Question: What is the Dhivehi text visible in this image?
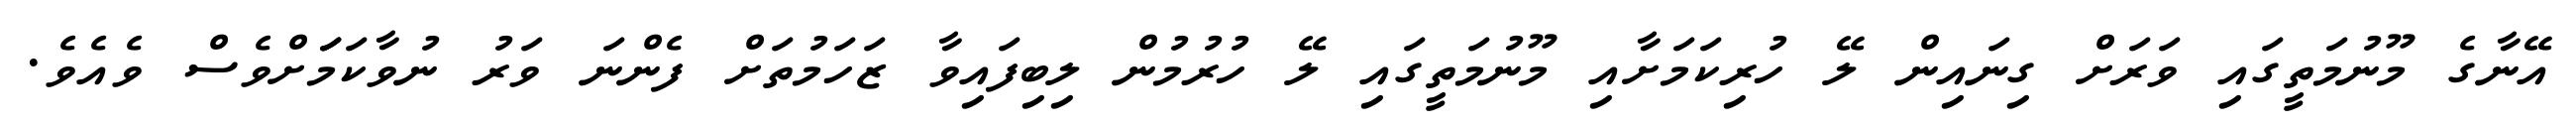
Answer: އޭނާގެ މޫނުމަތީގައި ވަރަށް ގިނައިން ލޭ ހުރިކަމަށާއި މޫނުމަތީގައި ލޭ ހުރުމުން ލިބިފައިވާ ޒަހަމުތަށް ފެންނަ ވަރު ނުވާކަމަަށްވެސް ވެއެވެ.